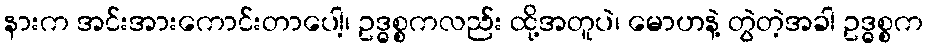
နားက အင်းအားကောင်းတာပေါ့၊ ဥဒ္ဓစ္စကလည်း ထို့အတူပဲ၊ မောဟနဲ့ တွဲတဲ့အခါ ဥဒ္ဓစ္စက